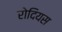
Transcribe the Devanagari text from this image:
रोदियस